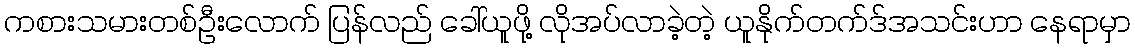
ကစားသမားတစ်ဦးလောက် ပြန်လည် ခေါ်ယူဖို့ လိုအပ်လာခဲ့တဲ့ ယူနိုက်တက်ဒ်အသင်းဟာ နေရာမှာ